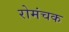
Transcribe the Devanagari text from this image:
रोमंचक